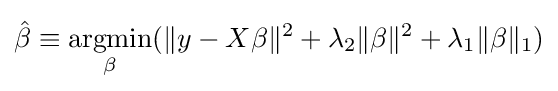
{\hat {\beta }}\equiv {\underset {\beta }{\operatorname {argmin} }}(\|y-X\beta \|^{2}+\lambda _{2}\|\beta \|^{2}+\lambda _{1}\|\beta \|_{1})